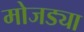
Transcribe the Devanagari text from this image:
मोजड्या